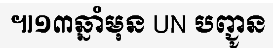
៕១៣ឆ្នាំមុន UN បញ្ជូន